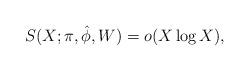
LaTeX: \begin{align*} S(X; \pi, \hat{\phi}, W) =o(X\log X),\end{align*}